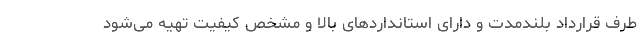
طرف قرارداد بلندمدت و دارای استانداردهای بالا و مشخص کیفیت تهیه می‌شود